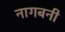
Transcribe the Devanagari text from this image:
नागबनी